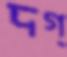
দগ্